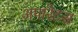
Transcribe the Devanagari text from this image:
अपारेटस